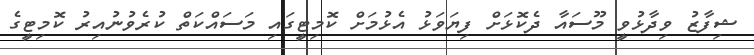
ޝިފާޒު ވިދާޅުވީ މޫސައާ ދެކޮޅަށް ފިޔަވަޅު އެޅުމަށް ކޮމިޓީގައި މަސައްކަތް ކުރެވުނުއިރު ކޮމިޓީގެ